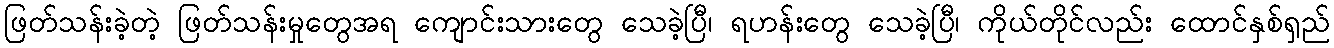
ဖြတ်သန်းခဲ့တဲ့ ဖြတ်သန်းမှုတွေအရ ကျောင်းသားတွေ သေခဲ့ပြီ၊ ရဟန်းတွေ သေခဲ့ပြီ၊ ကိုယ်တိုင်လည်း ထောင်နှစ်ရှည်